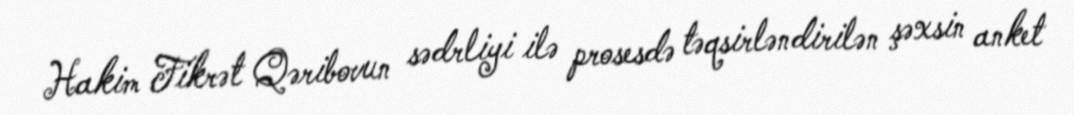
Hakim Fikrət Qəribovun sədrliyi ilə prosesdə təqsirləndirilən şəxsin anket